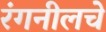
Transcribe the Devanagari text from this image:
रंगनीलचे